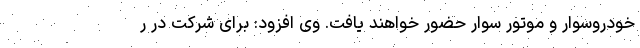
خودروسوار و موتور سوار حضور خواهند یافت. وی افزود: برای شرکت در ر